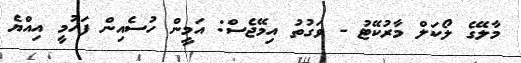
މާލޭގެ ލޯކަލް މާރުކޭޓު - ވަގުތު އިމޭޖެސް: އަމީން ހުސެއިން ފަހުމީ އިއްޔެ